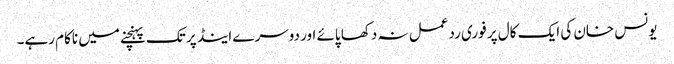
یونس خان کی ایک کال پر فوری ردعمل نہ دکھا پائے اور دوسرے اینڈ پر تک پہنچنے میں ناکام رہے۔